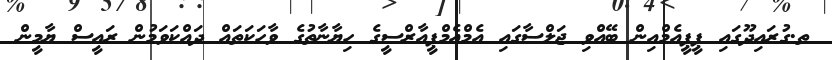
ތ.ގުރައިދޫގައި ޕީޕީއެމްއިން ބޭއްވި ޖަލްސާގައި އެމްއެމްޕީއާރްސީގެ ހިޔާނާތުގެ ވާހަކަތައް ދައްކަވަމުން ރައީސް ޔާމީން